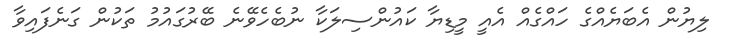
ލިޔުން އެބަޔެއްގެ ހައްގެއް އެއީ މީޑިޔާ ކައުންސިލަކާ ނުބެހެވޭނެ ބޭރުގައުމު ތަކުން ގަނެފައިވާ